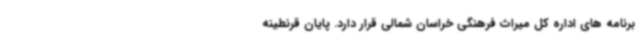
برنامه های اداره کل میراث فرهنگی خراسان شمالی قرار دارد. پایان قرنطینه